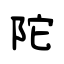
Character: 陀